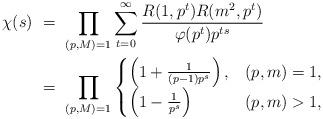
LaTeX: \begin{align*} \chi(s) \ & = \ \prod_{(p,M) = 1}\sum_{t= 0}^{\infty}\frac{R(1,p^t)R(m^2,p^t)}{\varphi(p^t)p^{ts}}\\ & = \ \prod_{(p,M) = 1}\begin{cases} \left(1 + \frac{1}{(p-1)p^s}\right), & (p,m) = 1,\\ \left(1 - \frac{1}{p^s}\right) & (p,m) > 1, \end{cases} \end{align*}